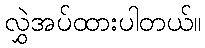
လွှဲအပ်ထားပါတယ်။